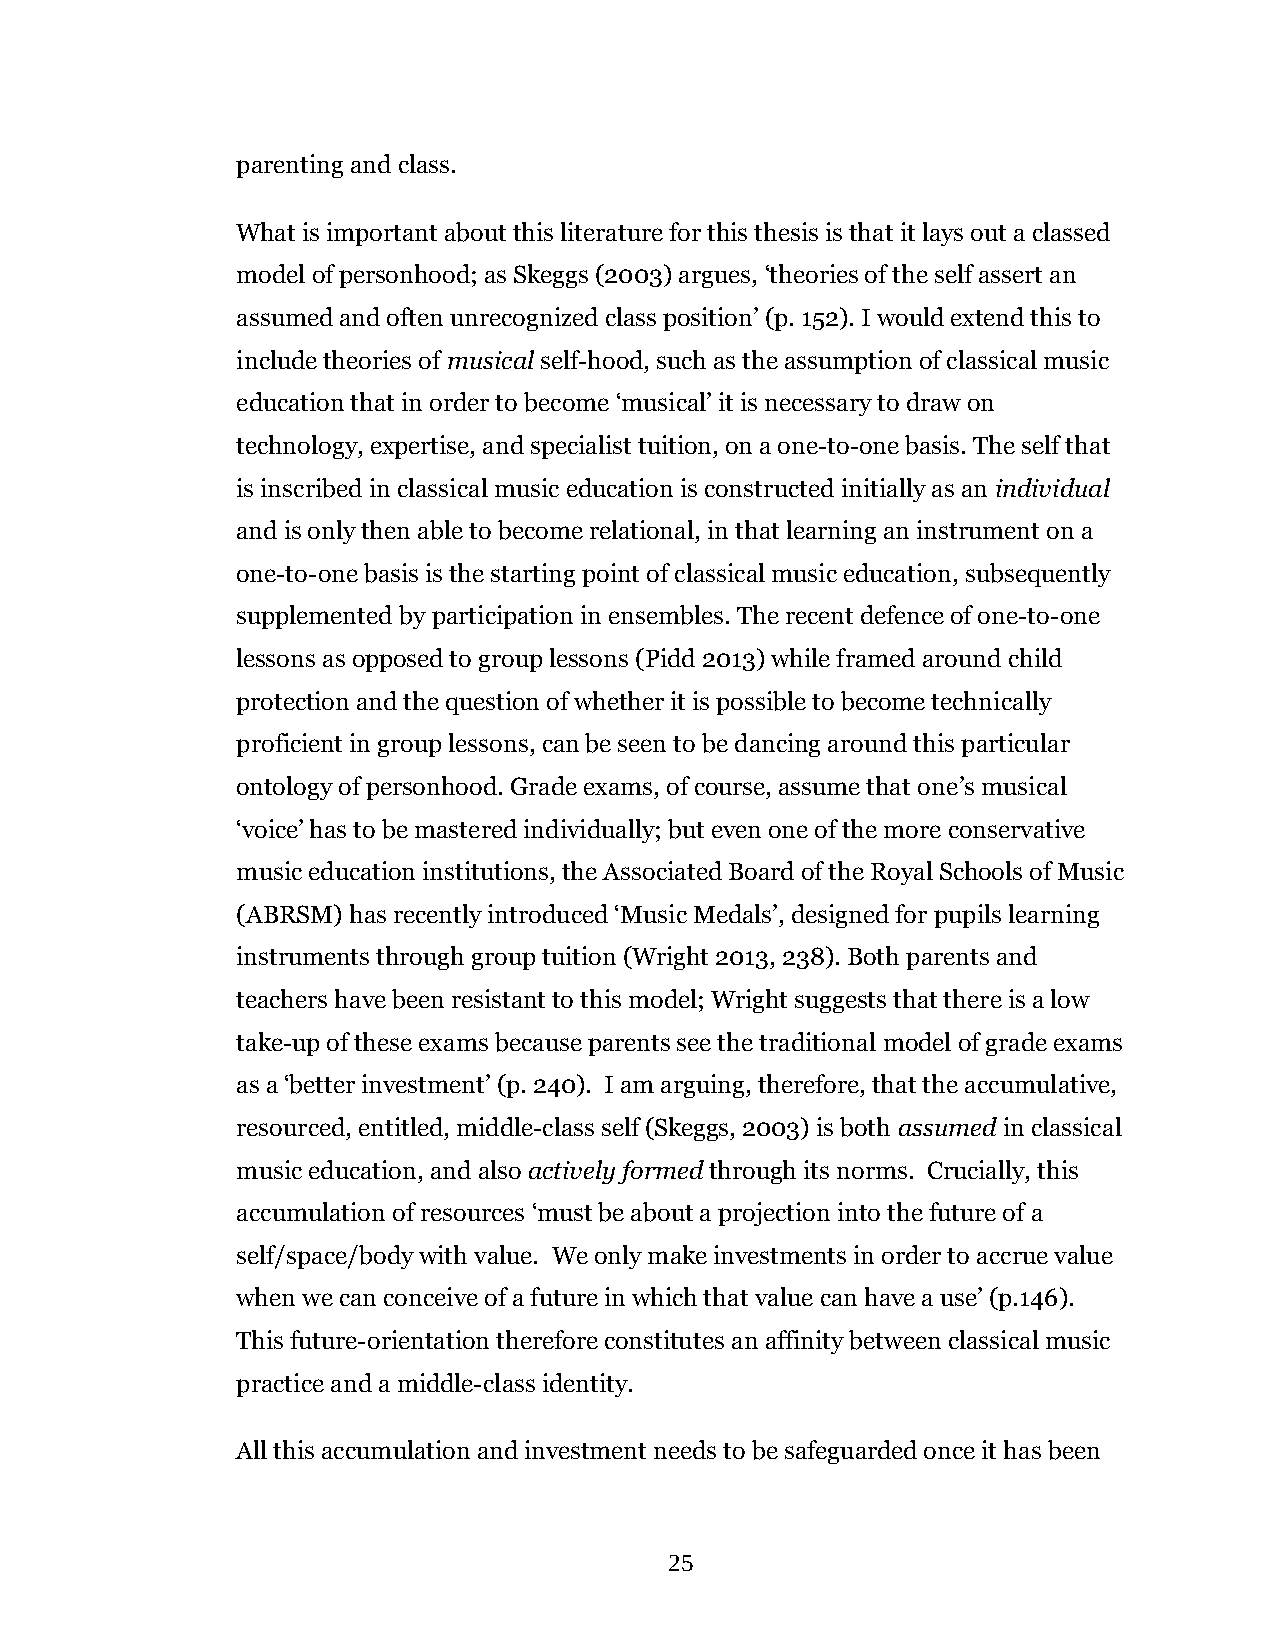
parenting and class.
 What is important about this literature for this thesis is that it lays out a classed
 model of personhood; as Skeggs (2003) argues, ‘theories of the self assert an
 assumed and often unrecognized class position’ (p. 152). I would extend this to
 include theories of musical self-hood, such as the assumption of classical music
 education that in order to become ‘musical’ it is necessary to draw on
 technology, expertise, and specialist tuition, on a one-to-one basis. The self that
 is inscribed in classical music education is constructed initially as an individual
 and is only then able to become relational, in that learning an instrument on a
 one-to-one basis is the starting point of classical music education, subsequently
 supplemented by participation in ensembles. The recent defence of one-to-one
 lessons as opposed to group lessons (Pidd 2013) while framed around child
 protection and the question of whether it is possible to become technically
 proficient in group lessons, can be seen to be dancing around this particular
 ontology of personhood. Grade exams, of course, assume that one’s musical
 ‘voice’ has to be mastered individually; but even one of the more conservative
 music education institutions, the Associated Board of the Royal Schools of Music
 (ABRSM) has recently introduced ‘Music Medals’, designed for pupils learning
 instruments through group tuition (Wright 2013, 238). Both parents and
 teachers have been resistant to this model; Wright suggests that there is a low
 take-up of these exams because parents see the traditional model of grade exams
 as a ‘better investment’ (p. 240). I am arguing, therefore, that the accumulative,
 resourced, entitled, middle-class self (Skeggs, 2003) is both assumed in classical
 music education, and also actively formed through its norms. Crucially, this
 accumulation of resources ‘must be about a projection into the future of a
 self/space/body with value. We only make investments in order to accrue value
 when we can conceive of a future in which that value can have a use’ (p.146).
 This future-orientation therefore constitutes an affinity between classical music
 practice and a middle-class identity.
 All this accumulation and investment needs to be safeguarded once it has been
 25